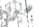
سريه